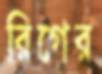
রিগের